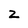
Character: Z